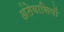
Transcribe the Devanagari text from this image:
अंतेवासियों